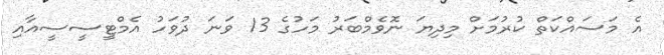
އެ މަސައްކަތް ކުރުމަށް މިދިޔަ ނޮވެމްބަރު މަހުގެ 13 ވަނަ ދުވަހު އެމްޓީސީސީއާއި